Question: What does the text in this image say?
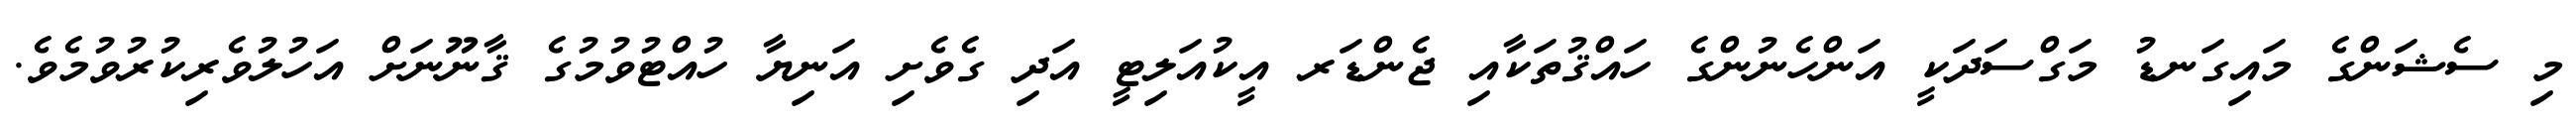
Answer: މި ސެޝަންގެ މައިގަނޑު މަގްސަދަކީ އަންހެނުންގެ ހައްޤުތަކާއި ޖެންޑަރ އީކުއަލިޓީ އަދި ގެވެށި އަނިޔާ ހުއްޓުވުމުގެ ޤާނޫނަށް އަހުލުވެރިކުރުވުމެވެ.